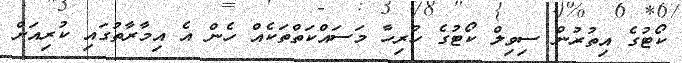
ކޯޓުގެ އިތުރުން ސިވިލް ކޯޓުގެ ހުރިހާ މަސައްކަތްތަކެއް ހެން އެ އިމާރާތުގައި ކުރިއަށް